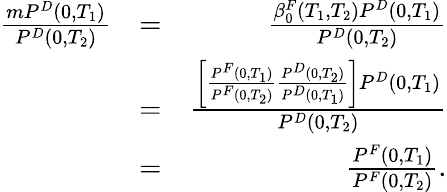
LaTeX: \begin{array}{rlr}{\frac{mP^{D}(0,T_{1})}{P^{D}(0,T_{2})}}&{=}&{\frac{\beta_{0}^{F}\left(T_{1},T_{2}\right)P^{D}(0,T_{1})}{P^{D}(0,T_{2})}}\\ &{=}&{\frac{\left[\frac{P^{F}(0,T_{1})}{P^{F}(0,T_{2})}\frac{P^{D}(0,T_{2})}{P^{D}(0,T_{1})}\right]P^{D}(0,T_{1})}{P^{D}(0,T_{2})}}\\ &{=}&{\frac{P^{F}(0,T_{1})}{P^{F}(0,T_{2})}.}\end{array}